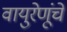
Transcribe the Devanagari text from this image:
वायुरेणूंचे